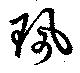
珮